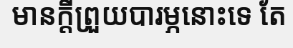
មានក្តីព្រួយបារម្ភនោះទេ តែ